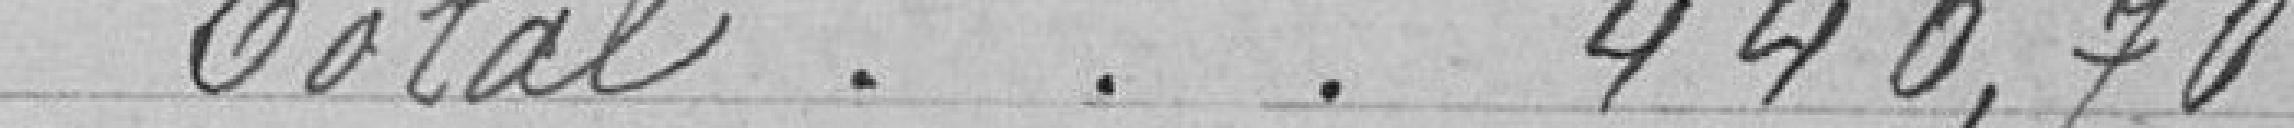
Total. . .                       440.70